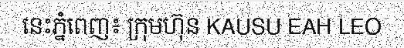
នេះភ្នំពេញ៖ ក្រុមហ៊ុន KAUSU EAH LEO